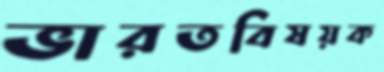
ভারতবিষয়ক